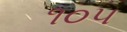
૧૦૫